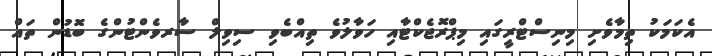
އެކަމަކު ތިމާވެށި މިނިސްޓްރީގައި މިޕްރޮޖެކްޓާއި ހަވާލުވެ ތިއްބެވި ސިވިލް ސާރވެންޓުންގެ ބޮޑުން ތައް